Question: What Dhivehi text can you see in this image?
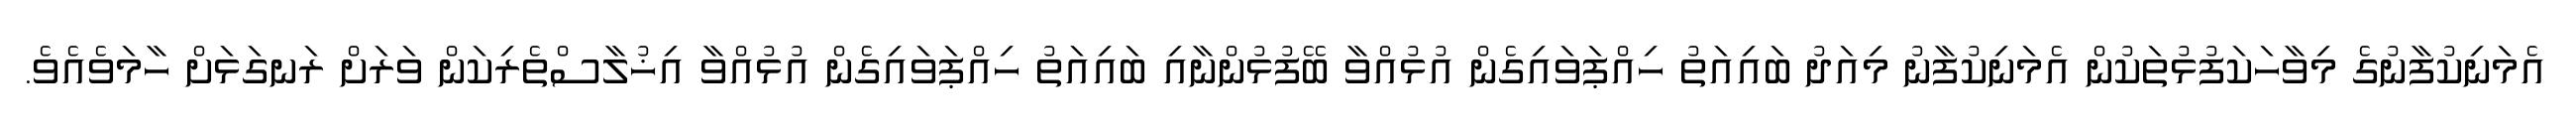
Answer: އެމަނިކުފާނުގެ މިވާހަކަފުޅުތަކުން އެމަނިކުފާނު މިއަދު ބައިއަތު ހިއްޕަވައިގެން އުޅުއްވާ ބޭފުޅުންނާއި ބައިއަތު ހިއްޕަވައިގެން އުޅުއްވާ އިޚުލާސްތެރިކަން ވަރަށް ރަނގަޅަށް ހާމަވެއެވެ.